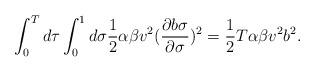
LaTeX: \begin{align*}\int_{0}^{ T} d\tau \int^{1}_{0}d\sigma\frac{1}{2} \alpha\beta v^{2}(\frac{\partial b\sigma}{\partial \sigma})^{2}=\frac{1}{2} T \alpha \beta v^{2}b^{2}.\end{align*}